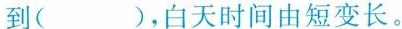
到( )，白天时间由短变长。